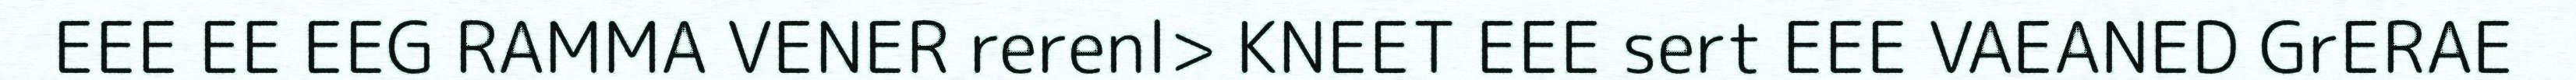
EEE EE EEG RAMMA VENER rerenl> KNEET EEE sert EEE VAEANED GrERAE